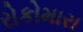
રોકોમારા